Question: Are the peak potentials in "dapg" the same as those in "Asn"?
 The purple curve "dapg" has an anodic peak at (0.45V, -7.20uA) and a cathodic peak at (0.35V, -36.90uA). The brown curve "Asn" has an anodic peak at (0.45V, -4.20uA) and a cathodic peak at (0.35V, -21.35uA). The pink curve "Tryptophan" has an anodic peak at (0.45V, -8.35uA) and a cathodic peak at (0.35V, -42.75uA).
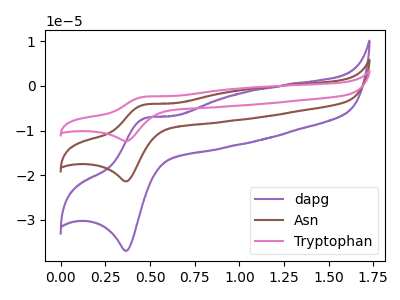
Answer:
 <answer>Yes, "dapg" have a peak in "Asn" at the same potential.</answer>
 <eval>match</eval>